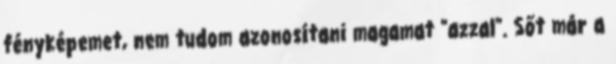
fényképemet, nem tudom azonosítani magamat "azzal". Sőt már a